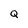
Character: Q